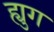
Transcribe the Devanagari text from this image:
ह्युग